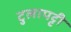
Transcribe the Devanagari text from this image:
टुलापट्टी